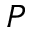
P